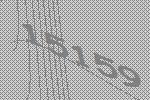
15159